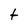
Character: f